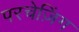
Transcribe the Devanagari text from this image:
परचेज़िंग